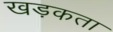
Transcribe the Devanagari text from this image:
खड़कता